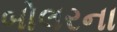
બોલરના